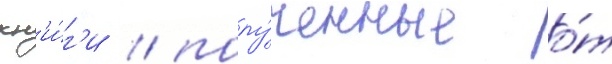
кн'и́г'и / полу́ченные о́т